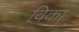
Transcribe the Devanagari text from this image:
विका